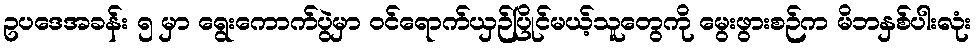
ဥပဒေအခန်း ၅ မှာ ရွေးကောက်ပွဲမှာ ဝင်ရောက်ယှဉ်ပြိုင်မယ့်သူတွေကို မွေးဖွားစဉ်က မိဘနှစ်ပါးလုံး